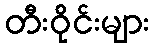
တီးဝိုင်းများ